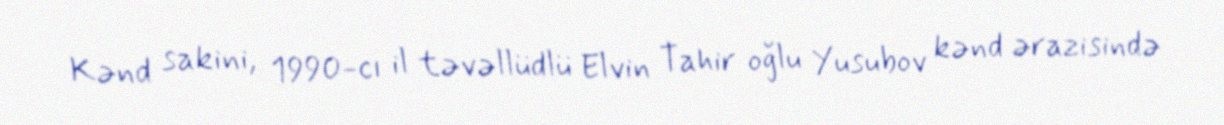
Kənd sakini, 1990-cı il təvəllüdlü Elvin Tahir oğlu Yusubov kənd ərazisində